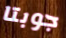
جوبتا